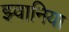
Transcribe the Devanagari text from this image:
झ्वानिया